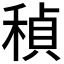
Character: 𬓲